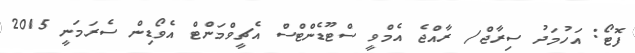
ފޮޓޯ: އަހުމަދު ސިރާޖް/ ރާއްޖެ އެމްވީ ސްޓޫޑެންޓްސް އެޗީވްމަންޓް އެވޯޑިން ސެރަމަނީ 2015